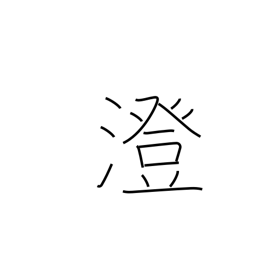
Meaning: strain